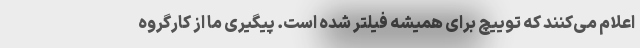
اعلام می‌کنند که توییچ برای همیشه فیلتر شده است. پیگیری ما از کارگروه